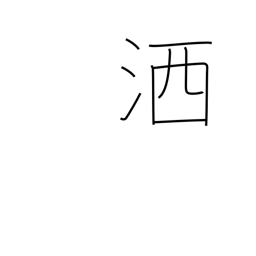
Meaning: wash